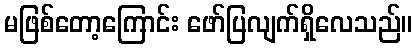
မဖြစ်တော့ကြောင်း ဖော်ပြလျက်ရှိလေသည်။